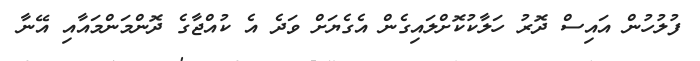
ފުލުހުން އައިސް ދޮރު ހަލާކުކޮށްލައިގެން އެގެޔަށް ވަދެ އެ ކުއްޖާގެ ދޮންމަންމައާއި އޭނާ